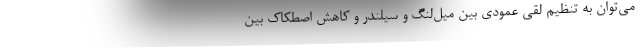
می‌توان به تنظیم لقی عمودی بین میل‌لنگ و سیلندر و کاهش اصطکاک بین